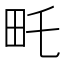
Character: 𤰦